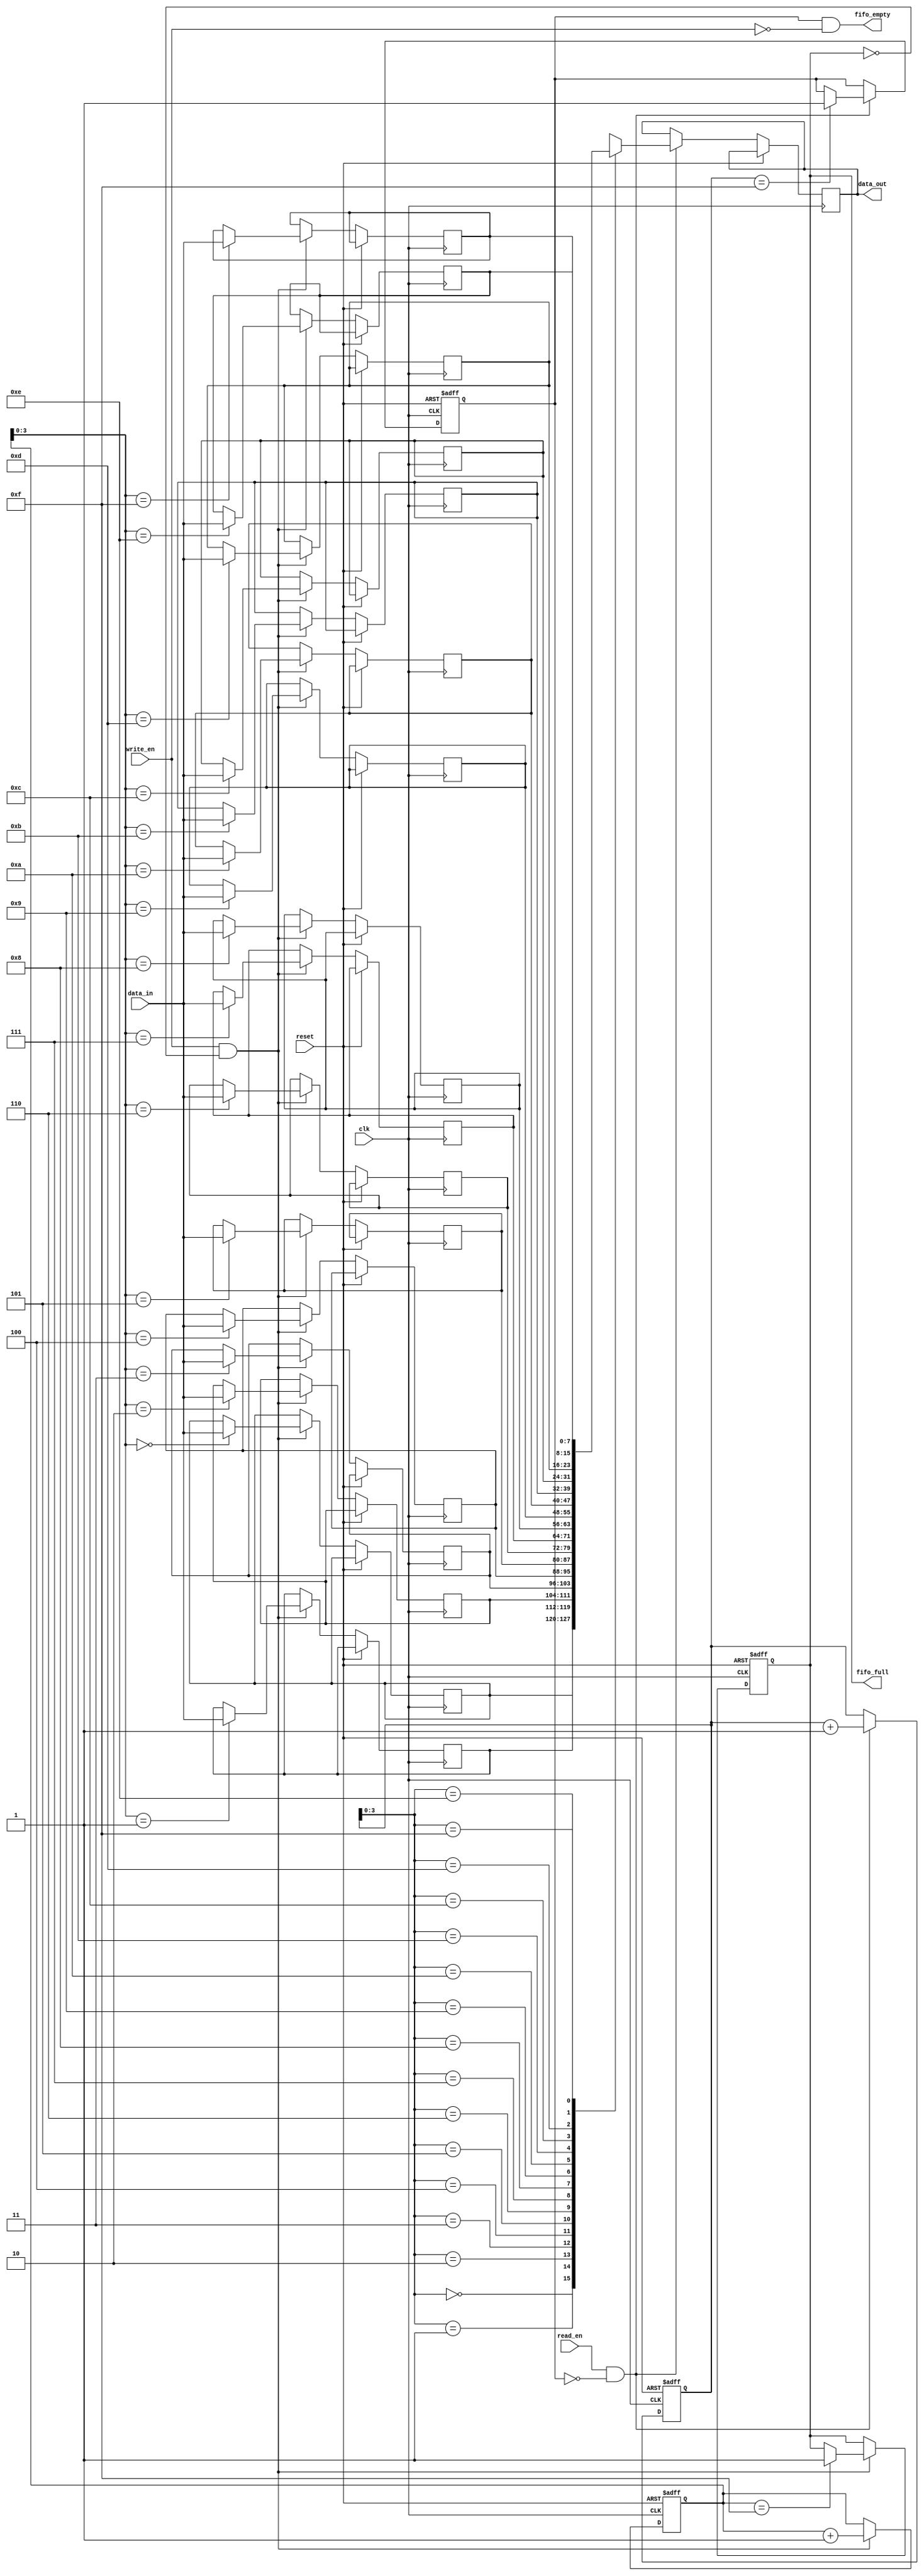
module fifo #
  (
   parameter DEPTH = 16,
   parameter WIDTH = 8
  )
  (
   input              reset,
   input              clk,
   input              write_en,
   input              read_en,
   input  [WIDTH-1:0] data_in,
   output [WIDTH-1:0] data_out,
   output             fifo_full,
   output             fifo_empty
  );

  reg  [WIDTH-1:0] memory [0:DEPTH-1];
  reg               full, empty;
  reg  [DEPTH-1:0]  write_ptr, read_ptr;

  // Logic to handle write operation
  always @(posedge clk or posedge reset) begin
    if (reset) begin
      full <= 1'b0;
      write_ptr <= 0;
    end else begin
      if (write_en && !full) begin
        memory[write_ptr] <= data_in;
        write_ptr <= write_ptr + 1;
        if (write_ptr == DEPTH - 1)
          full <= 1'b1;
      end
    end
  end

  // Logic to handle read operation
  always @(posedge clk or posedge reset) begin
    if (reset) begin
      empty <= 1'b1;
      read_ptr <= 0;
    end else begin
      if (read_en && !empty) begin
        data_out <= memory[read_ptr];
        read_ptr <= read_ptr + 1;
        if (read_ptr == DEPTH - 1)
          empty <= 1'b1;
      end
    end
  end

  // Status signals
  assign fifo_full  = full;
  assign fifo_empty = empty && !write_en;

endmodule